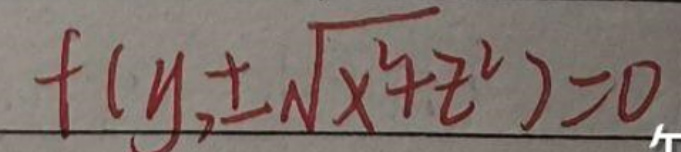
$f(y,\pm\sqrt{x^4+z^4}) = 0$